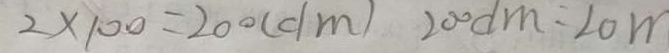
2 \times 1 0 0 = 2 0 0 ( d m ) 2 0 0 d m = 2 0 m